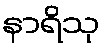
နာရိသု